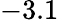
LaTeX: -3.1